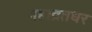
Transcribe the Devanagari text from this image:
महाव्रतधर